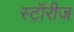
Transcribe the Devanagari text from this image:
स्टॉरीज